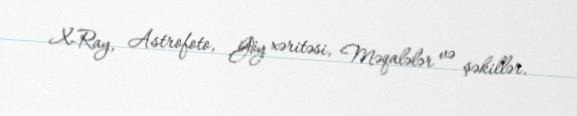
X-Ray, Astrofoto, Göy xəritəsi, Məqalələr və şəkillər.